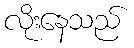
လိုးနေသည်